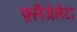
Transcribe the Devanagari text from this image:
फ़्लैजेलेटा